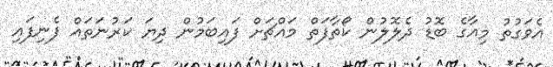
އެވަގުތު މިއާގެ ބޮޑު ދެލޮލުން ކޯތާފަތް މައްޗަށް ފައިބަމުން ދިޔަ ކަރުނަތައް ފެނިފައި